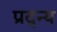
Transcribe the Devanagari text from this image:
प्रद्न्य